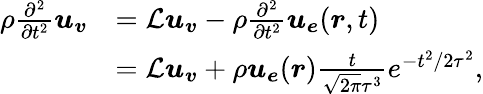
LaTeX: \begin{array}{rl}{\rho\frac{\partial^{2}}{\partial t^{2}}\boldsymbol{u}_{\boldsymbol{v}}}&{=\mathcal{L}\boldsymbol{u}_{\boldsymbol{v}}-\rho\frac{\partial^{2}}{\partial t^{2}}\boldsymbol{u}_{\boldsymbol{e}}(\boldsymbol{r},t)}\\ &{=\mathcal{L}\boldsymbol{u}_{\boldsymbol{v}}+\rho\boldsymbol{u}_{\boldsymbol{e}}(\boldsymbol{r})\frac{t}{\sqrt{2\pi}\tau^{3}}e^{-t^{2}/{2\tau^{2}}},}\end{array}